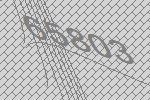
65803